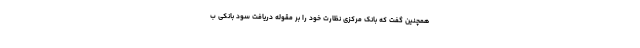
همچنین گفت که بانک مرکزی نظارت خود را بر مقوله دریافت سود بانکی ب